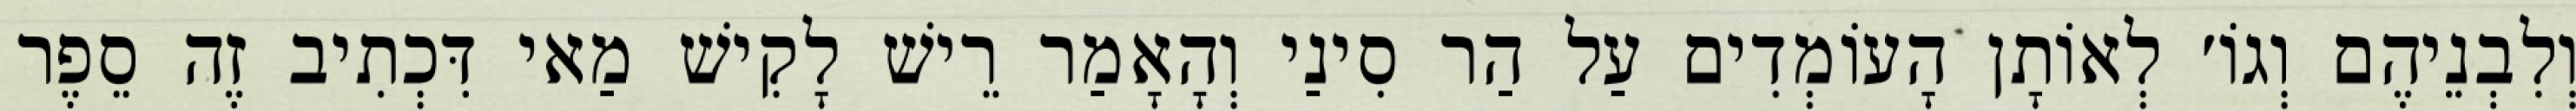
וְלִבְנֵיהֶם וְגוֹ׳ לְאוֹתָן הָעוֹמְדִים עַל הַר סִינַי וְהָאָמַר רֵישׁ לָקִישׁ מַאי דִּכְתִיב זֶה סֵפֶר